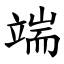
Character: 端